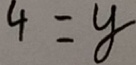
4 = y